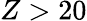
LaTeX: Z>20